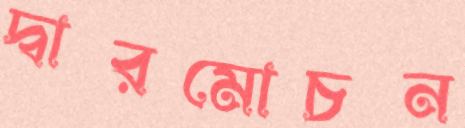
দ্বারমোচন